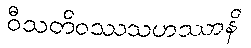
ဝီသတိဝဿသဟဿာနိ